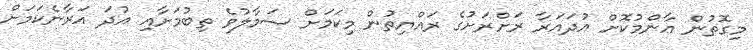
މިގޮތުން ޢާންމުކޮށް އުދައަރާ ރަށްރަށުގެ ރައްޔިތުން މިކަމަށް ސަމާލުވެ ތިބުމަށާއި އުދަ އަރާނެކަމަށް